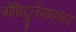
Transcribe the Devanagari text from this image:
बोधिदुर्लमभावना